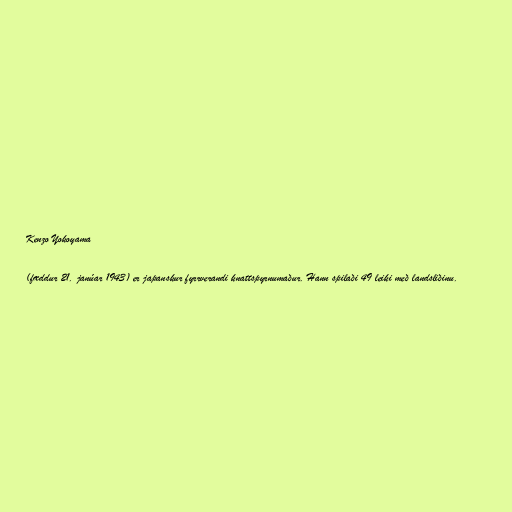
Kenzo Yokoyama

(fæddur 21. janúar 1943) er japanskur fyrrverandi knattspyrnumaður. Hann spilaði 49 leiki með landsliðinu.